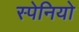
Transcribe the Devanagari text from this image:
स्पेनियो